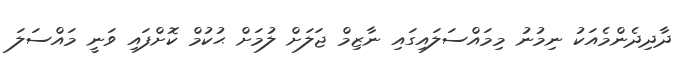
ދާދިދެންމެއަކު ނިމުނު މިމައްސަލައިގައި ނާޒިމް ޖަލަށް ލުމަށް ޙުކުމް ކޮށްފައި ވަނީ މައްސަލަ